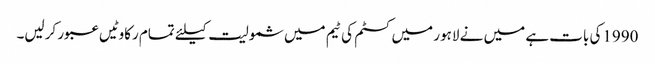
1990کی بات ہے میں نے لاہور میں کسٹم کی ٹیم میں شمولیت کیلئے تمام رکاوٹیں عبور کرلیں۔